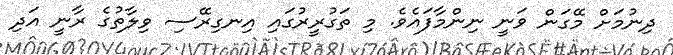
ދިނުމަށް މޭގަން ވަނީ ނިންމާފައެވެ. މި ތަގުރީރުގައި އިނގިރޭސި ވިލާތުގެ ރާނީ އަދި